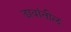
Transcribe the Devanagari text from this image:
डावांतील